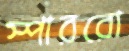
স্পাররো